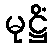
မုဋ္ဌိံ